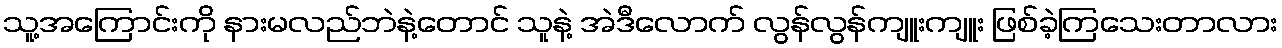
သူ့အကြောင်းကို နားမလည်ဘဲနဲ့တောင် သူနဲ့ အဲဒီလောက် လွန်လွန်ကျူးကျူး ဖြစ်ခဲ့ကြသေးတာလား